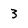
Character: 3